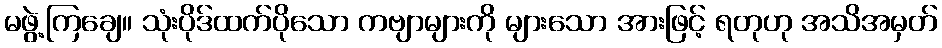
မဖွဲ့ကြချေ။ သုံးပိုဒ်ထက်ပိုသော ကဗျာများကို များသော အားဖြင့် ရတုဟု အသိအမှတ်